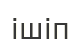
ішіп